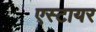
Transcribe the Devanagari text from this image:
एस्टायर